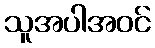
သူအပါအဝင်